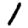
Digit: 1